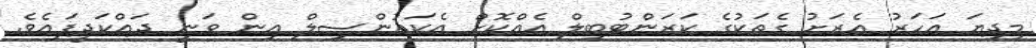
މިދިޔަ އަހަރު އެރަށު ގެތަކުގެ ކަރަންޓުބިލް އެއްކޮށް އެކައުންސިލް އިން ވަނީ ދައްކަދީފައެވެ.